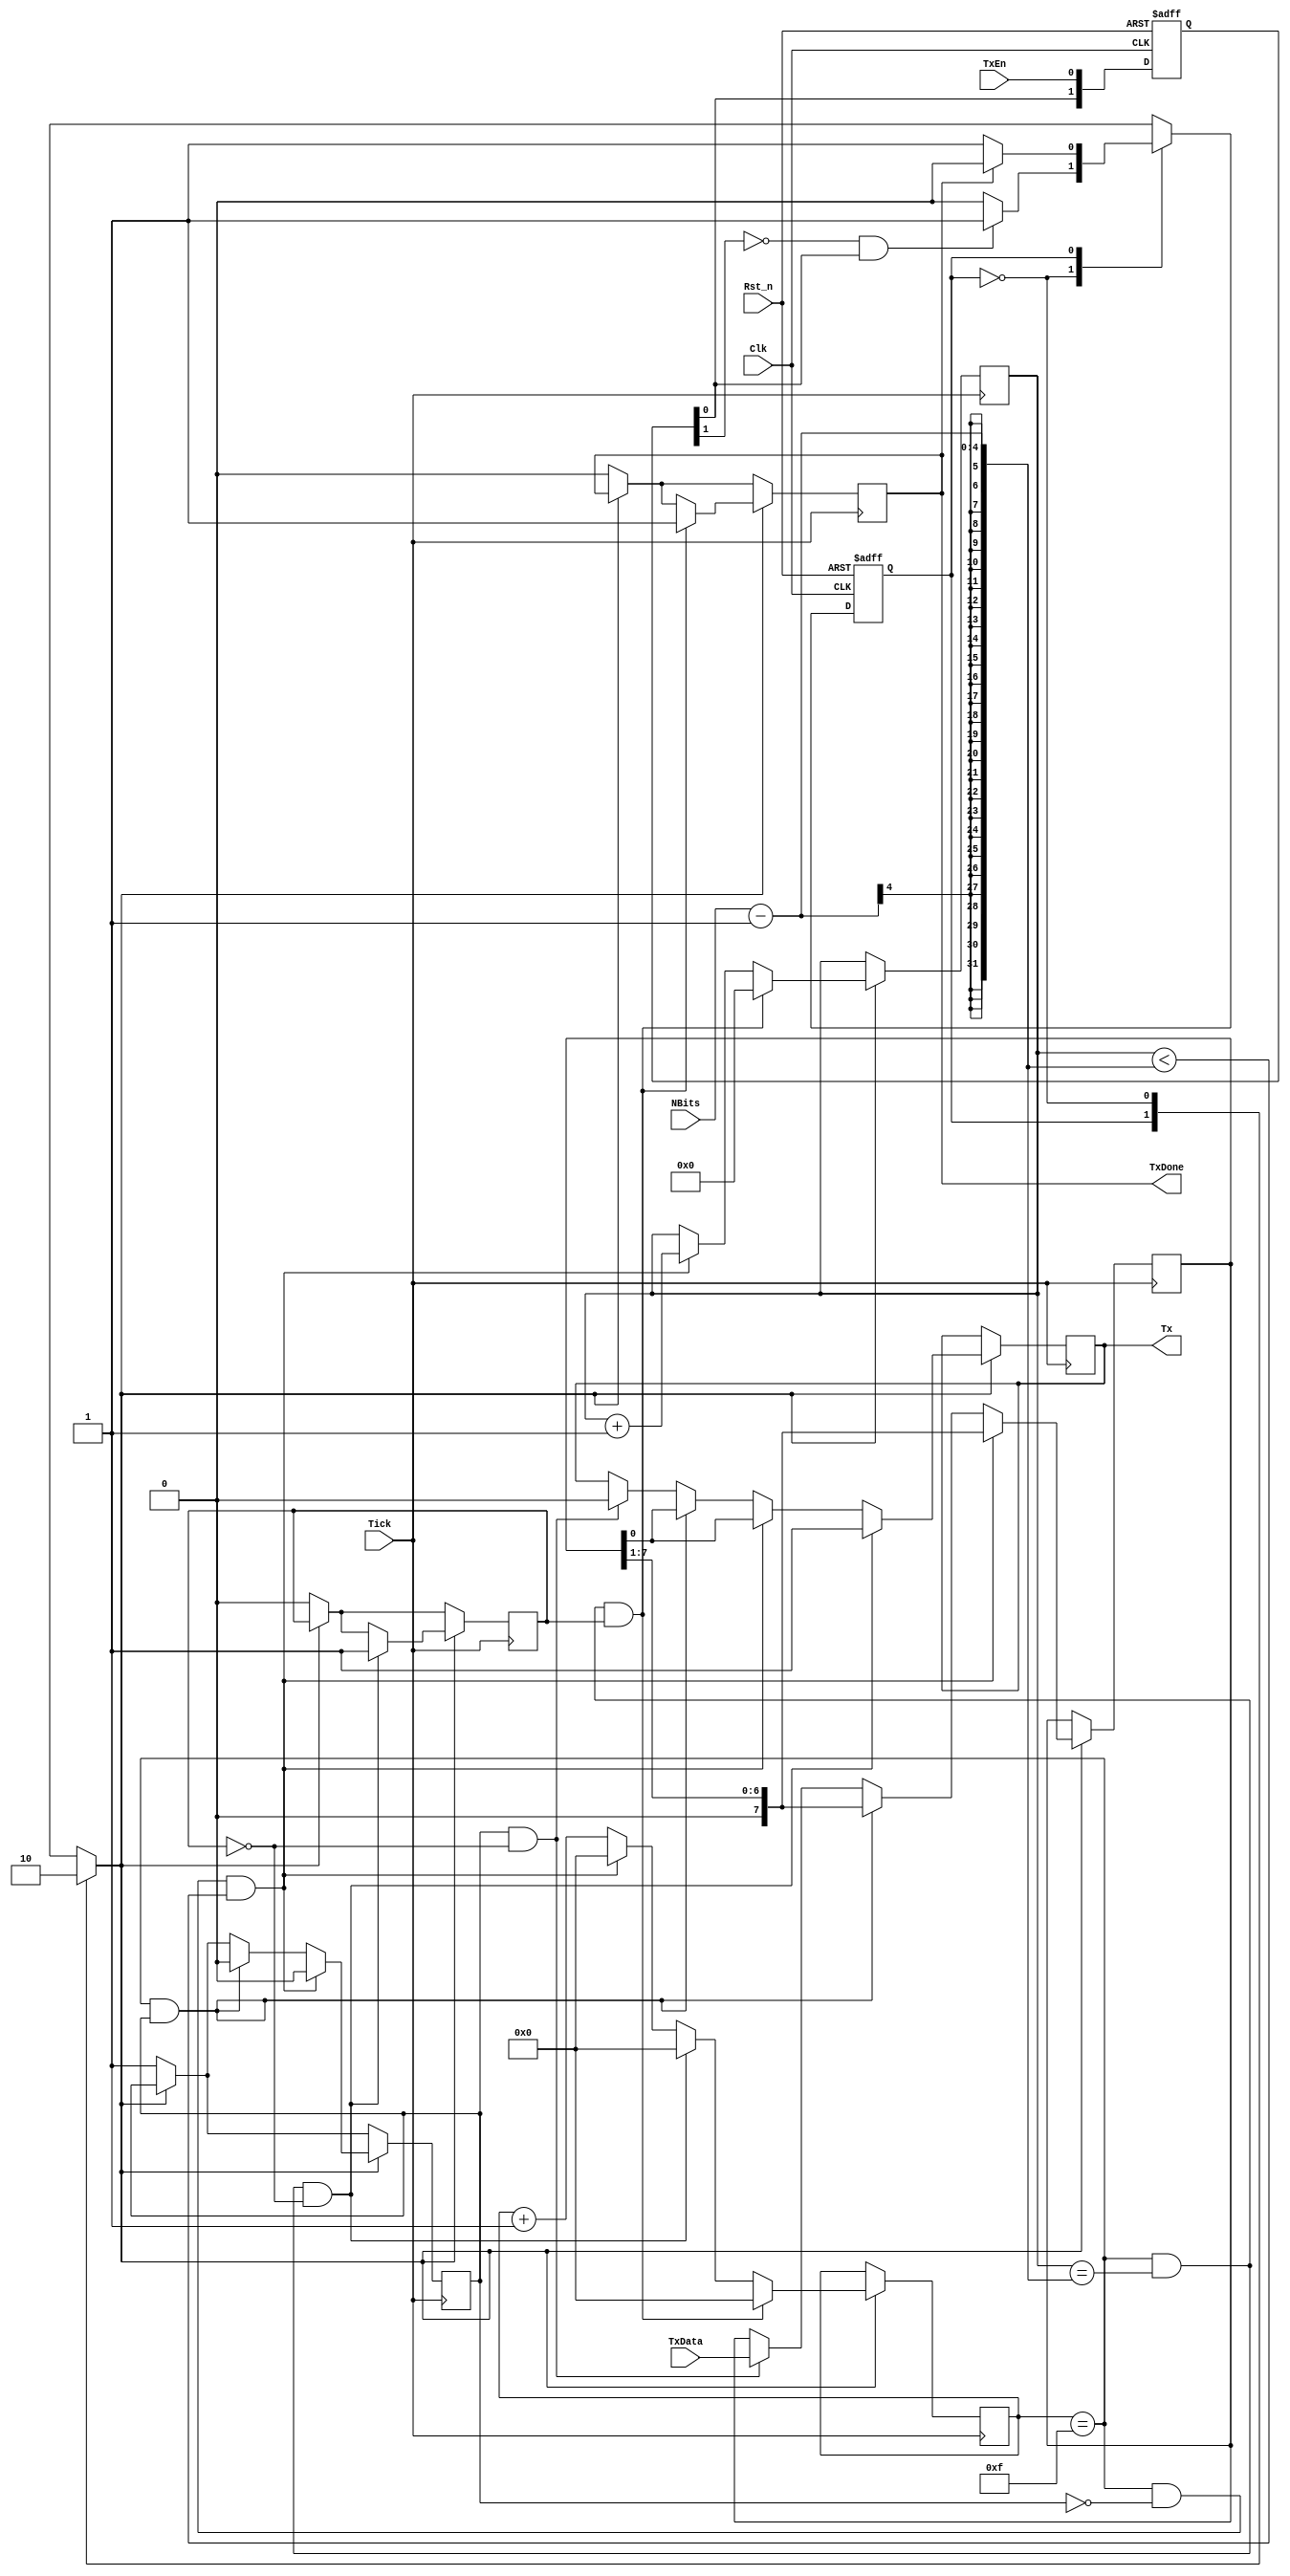
module UART_rs232_tx (Clk,Rst_n,TxEn,TxData,TxDone,Tx,Tick,NBits);	//Define my module as UART_rs232_tx

input Clk, Rst_n, TxEn,Tick;	//Define 1 bit inputs
input [3:0]NBits;		//Define 4 bits inputs
input [7:0]TxData;		//Define 8 bit inputs

output Tx;
output TxDone;




//Variabels used for state machine...
parameter  IDLE = 1'b0, WRITE = 1'b1;	//We have 2 states for the State Machine state 0 and 1 (WRITE adn IDLE)
reg  State, Next;			//Create some registers for the states
reg  TxDone = 1'b0;			//Variable used to notify when the transmission process is done
reg  Tx;				//We register the input value
reg write_enable = 1'b0;		//Variable used to activate or deactivate the transmission process			
reg start_bit = 1'b1;			//Variable used to notify if the START bit was made or not yet
reg stop_bit = 1'b0;			//Variable used to notify if the STOP bit was made or not yet
reg [4:0] Bit = 5'b00000;		//Variable used for the bit by bit write loop (in this case 8 bits so 8 loops)
reg [3:0] counter = 4'b0000;		//Counter variable used to count the tick pulses up to 16
reg [7:0] in_data=8'b00000000;		//Register where we store tha data that arrived with the TxData input and has to be sent
reg [1:0] R_edge;			//Variable used to avoid debounce of the write enable pin
wire D_edge;				//Wire used to connect the D_edge



///////////////////////////////STATE MACHINE////////////////////////////////
////////////////////////////////////////////////////////////////////////////
///////////////////////////////////Reset////////////////////////////////////
////////////////////////////////////////////////////////////////////////////
always @ (posedge Clk or negedge Rst_n)			//It is good to always have a reset always
begin
if (!Rst_n)	State <= IDLE;				//If reset pin is low, we get to the initial state which is IDLE
else 		State <= Next;				//If not we go to the next state
end




////////////////////////////////////////////////////////////////////////////
////////////////////////////Next step decision//////////////////////////////
////////////////////////////////////////////////////////////////////////////
/* This is easy as well.  Each time "State or D_edge or TxData or TxDone" will 
change their value we decide which is the next step. 
 - If D_edge was detected, so the TxEn was enabeled, we start the write process
 - Obviously, if the TxDone is high, then we get back to IDLE and wait for next TxEn to be activated */
always @ (State or D_edge or TxData or TxDone) 
begin
    case(State)	
	IDLE:	if(D_edge)		Next = WRITE;		//If we are into IDLE and D_edge gets activated, we start the WRITE process
		else			Next = IDLE;
	WRITE:	if(TxDone)		Next = IDLE;  		//If we are into WRITE and TxDone gets high, we get back to IDLE and wait
		else			Next = WRITE;
	default 			Next = IDLE;
    endcase
end



////////////////////////////////////////////////////////////////////////////
///////////////////////////ENABLE WRITE OR NOT//////////////////////////////
////////////////////////////////////////////////////////////////////////////
always @ (State)
begin
    case (State)
	WRITE: begin
		write_enable <= 1'b1;	//If we are in the WRITE state, we enable the write process
	end
	
	IDLE: begin
		write_enable <= 1'b0;	//If we are in the IDLE state, we disable the write process
	end
    endcase
end





////////////////////////////////////////////////////////////////////////////
///////////////////////Write the data out on Tx pin/////////////////////////
////////////////////////////////////////////////////////////////////////////
/*Finally, each time we detect a Tick pulse, if the write_enable is enabeled,
we start counting ticks. First we set the Tx pin to LOW and that indicates a start bit.
Then each 16 ticks, we set the Tx output to a value acording to the "in_data" value which
is the data to eb sent. We do that by shifting the "in_data" using this lines: 
	in_data <= {1'b0,in_data[7:1]};
	Tx <= in_data[0]; */

always @ (posedge Tick)
begin

	if (!write_enable)				//if write_enable is not activated, then we reset all varaibles for enxt loop
	begin
	TxDone = 1'b0;
	start_bit <=1'b1;
	stop_bit <= 1'b0;
	end

	if (write_enable)				//if write_enable is activated, then we start counting and changing the Tx output
	begin
	counter <= counter+1;				//Increase the counter by one each positive edge of the Tick input
	
	
	if(start_bit & !stop_bit)			//We set the Tx to LOW (start bit) and pass the TxData input to the in:data register
	begin
	Tx <=1'b0;					//Create start bit  (low pulse)
	in_data <= TxData;				//Pass the data to eb sent to the in_data register so we could use it
	end		

	if ((counter == 4'b1111) & (start_bit) )	//If counter reaches 16 (4'b1111), then we create the first bit and set "start_bit" to low
	begin		
	start_bit <= 1'b0;
	in_data <= {1'b0,in_data[7:1]};
	Tx <= in_data[0];
	end


	if ((counter == 4'b1111) & (!start_bit) &  (Bit < NBits-1))	//If we reach 16 once again, we make a loop for the next 7 bits (NBits-1)
	begin		
	in_data <= {1'b0,in_data[7:1]};
	Bit<=Bit+1;
	Tx <= in_data[0];
	start_bit <= 1'b0;
	counter <= 4'b0000;
	end	



	
	if ((counter == 4'b1111) & (Bit == NBits-1) & (!stop_bit))	//We finish, so we set Tx to HIGH (Stop bit)
	begin
	Tx <= 1'b1;	
	counter <= 4'b0000;	
	stop_bit<=1'b1;
	end

	if ((counter == 4'b1111) & (Bit == NBits-1) & (stop_bit) )	//If stop bit was enabeled, than we reset the values and wait for enxt write process
	begin
	Bit <= 4'b0000;
	TxDone = 1'b1;
	counter <= 4'b0000;
	//start_bit <=1'b1;
	end
	
	end
		

end



////////////////////////////////////////////////////////////////////////////
////////////////////////////Input enable detect/////////////////////////////
////////////////////////////////////////////////////////////////////////////
/*Here we detect if there was a reset or if the TxEn was activated.
If "TxEn" was actiavted than we start the write process and we will send
the data that is on the "TxData" input so amke sure that in the 
moment you activate "TxEn" the TxData" has the values you want to send . */
always @ (posedge Clk or negedge Rst_n)
begin

	if(!Rst_n)
	begin
	R_edge <= 2'b00;
	end
	
	else
	begin
	R_edge <={R_edge[0], TxEn};
	end
end
assign D_edge = !R_edge[1] & R_edge[0];





endmodule